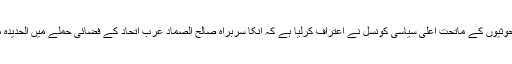
صنعاء میں حوثیوں کے ماتحت اعلیٰ سیاسی کونسل نے اعتراف کرلیا ہے کہ انکا سربراہ صالح الصماد عرب اتحاد کے فضائی حملے میں الحدیدہ میں مارہ گیا۔